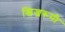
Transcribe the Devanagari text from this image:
खिज्ररूमी